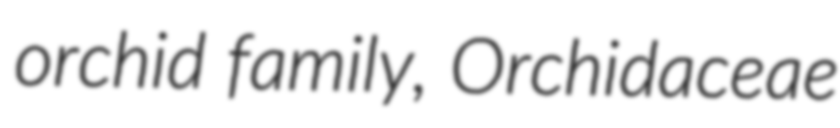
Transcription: orchid family, Orchidaceae